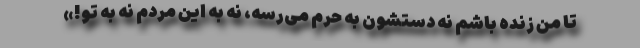
تا من زنده باشم نه دستشون به حرم می‌رسه، نه به این مردم نه به تو!»